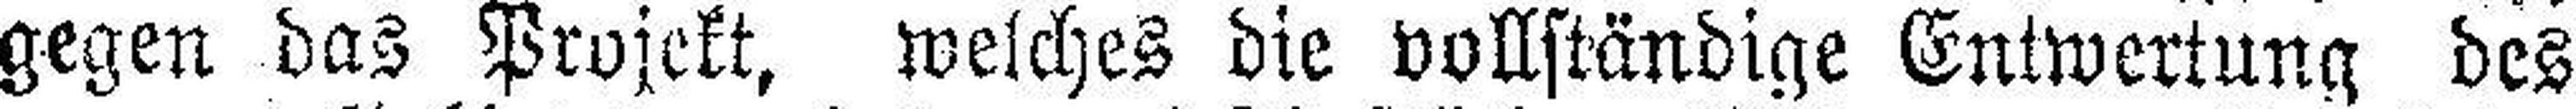
gegen das Projekt, welches die vollständige Entwertung des